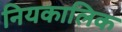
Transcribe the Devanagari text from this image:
नियकालिक